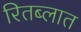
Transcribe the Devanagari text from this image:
रितब्लात